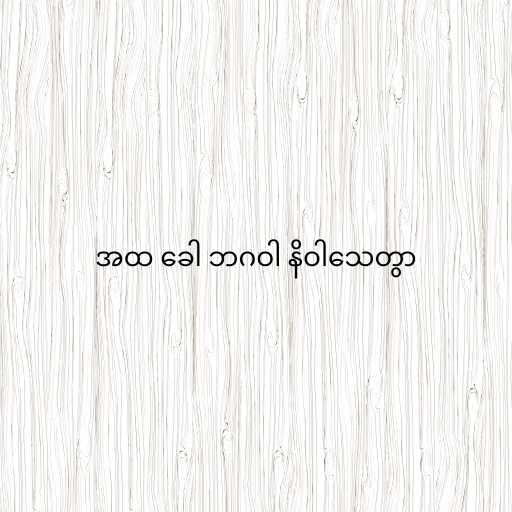
အထ ခေါ ဘဂဝါ နိဝါသေတွာ